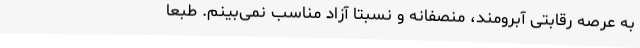
به عرصه رقابتی آبرومند، منصفانه و نسبتا آزاد مناسب نمی‌بینم. طبعا